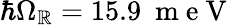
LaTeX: \hbar\Omega_{\mathbb{R}}=15.9~\mathrm{{~m~e~V~}}